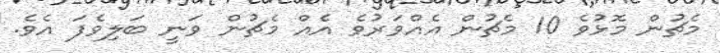
މެޗުން މޮޅުވެ 10 މެޗުން އެއްވަރުވެ އެއް މެޗުން ވަނީ ބަލިވެފަ އެވެ.